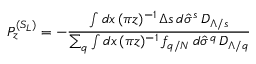
P _ { z } ^ { ( S _ { L } ) } = - \frac { \int d x \, ( \pi z ) ^ { - 1 } \, \Delta s \, d \hat { \sigma } ^ { s } \, D _ { \Lambda / s } } { \sum _ { q } \int d x \, ( \pi z ) ^ { - 1 } \, f _ { q / N } \, d \hat { \sigma } ^ { q } \, D _ { \Lambda / q } }